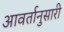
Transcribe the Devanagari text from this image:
आवर्तानुसारी